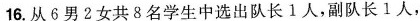
16.从6男2女共8名学生中选出队长1人，副队长1人，